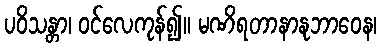
ပဝိသန္တာ၊ ဝင်လေကုန်၍။ မဏိရတာနာနုဘာဝေန၊